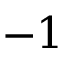
- 1